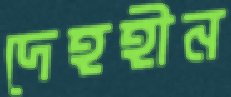
দেহহীন